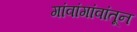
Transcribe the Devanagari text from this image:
गांवांगांवांतून